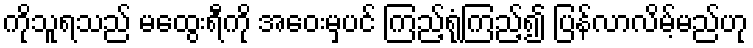
ကိုသူရသည် မထွေးရီကို အဝေးမှပင် ကြည့်ရုံကြည့်၍ ပြန်လာလိမ့်မည်ဟု